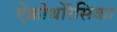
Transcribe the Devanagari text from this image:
ऐक्रोथोरैसिका